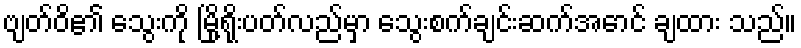
ဗျတ်ဝိ၏ သွေးကို မြို့ရိုးပတ်လည်မှာ သွေးစက်ချင်းဆက်အောင် ချထား သည်။